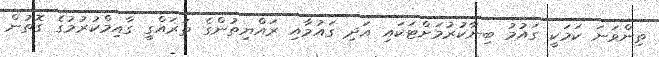
ތިންވަނަ ކަމަކީ ގައުމު ބިނާކުރުމަށްޓަކައި އަދި ގައުމާއި ރައްޔިތުންގެ ތަރައްގީ ގާއިމްކުރުމުގެ ގޮތުން